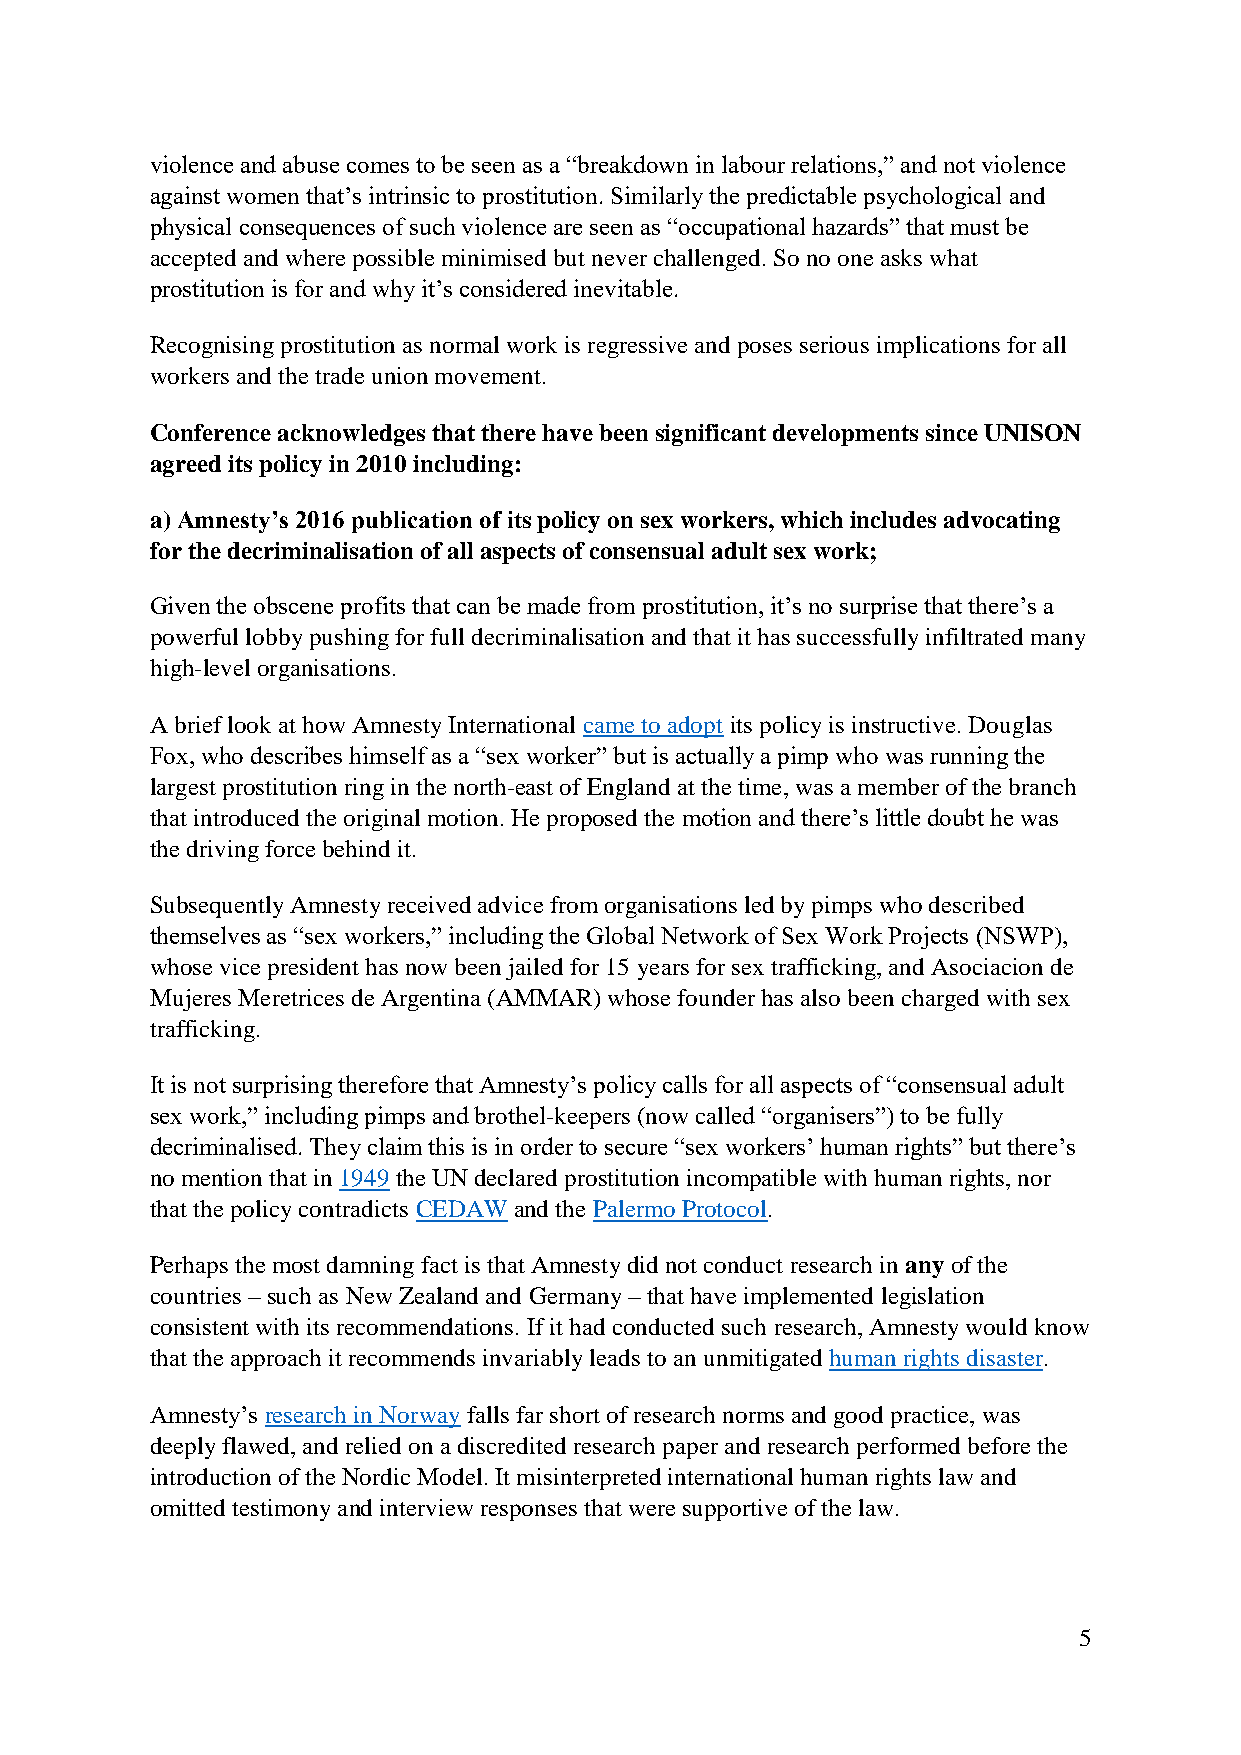
violence and abuse comes to be seen as a “breakdown in labour relations,” and not violence
 against women that’s intrinsic to prostitution. Similarly the predictable psychological and
 physical consequences of such violence are seen as “occupational hazards” that must be
 accepted and where possible minimised but never challenged. So no one asks what
 prostitution is for and why it’s considered inevitable.
 Recognising prostitution as normal work is regressive and poses serious implications for all
 workers and the trade union movement.
 Conference acknowledges that there have been significant developments since UNISON
 agreed its policy in 2010 including:
 a) Amnesty’s 2016 publication of its policy on sex workers, which includes advocating
 for the decriminalisation of all aspects of consensual adult sex work;
 Given the obscene profits that can be made from prostitution, it’s no surprise that there’s a
 powerful lobby pushing for full decriminalisation and that it has successfully infiltrated many
 high-level organisations.
 A brief look at how Amnesty International came to adopt its policy is instructive. Douglas
 Fox, who describes himself as a “sex worker” but is actually a pimp who was running the
 largest prostitution ring in the north-east of England at the time, was a member of the branch
 that introduced the original motion. He proposed the motion and there’s little doubt he was
 the driving force behind it.
 Subsequently Amnesty received advice from organisations led by pimps who described
 themselves as “sex workers,” including the Global Network of Sex Work Projects (NSWP),
 whose vice president has now been jailed for 15 years for sex trafficking, and Asociacion de
 Mujeres Meretrices de Argentina (AMMAR) whose founder has also been charged with sex
 trafficking.
 It is not surprising therefore that Amnesty’s policy calls for all aspects of “consensual adult
 sex work,” including pimps and brothel-keepers (now called “organisers”) to be fully
 decriminalised. They claim this is in order to secure “sex workers’ human rights” but there’s
 no mention that in 1949 the UN declared prostitution incompatible with human rights, nor
 that the policy contradicts CEDAW and the Palermo Protocol.
 Perhaps the most damning fact is that Amnesty did not conduct research in any of the
 countries – such as New Zealand and Germany – that have implemented legislation
 consistent with its recommendations. If it had conducted such research, Amnesty would know
 that the approach it recommends invariably leads to an unmitigated human rights disaster.
 Amnesty’s research in Norway falls far short of research norms and good practice, was
 deeply flawed, and relied on a discredited research paper and research performed before the
 introduction of the Nordic Model. It misinterpreted international human rights law and
 omitted testimony and interview responses that were supportive of the law.
 5